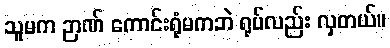
သူမက ဉာဏ် ကောင်းရုံမကဘဲ ရုပ်လည်း လှတယ်။